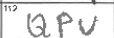
Transcription: QPU